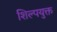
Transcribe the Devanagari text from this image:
शिल्पयुक्त